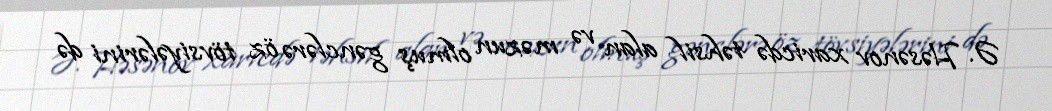
Ə. Həsənov xaricdə təhsil alan və məzun olmuş gənclərə öz tövsiyələrini də